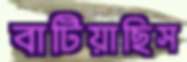
বাটিয়াছিস